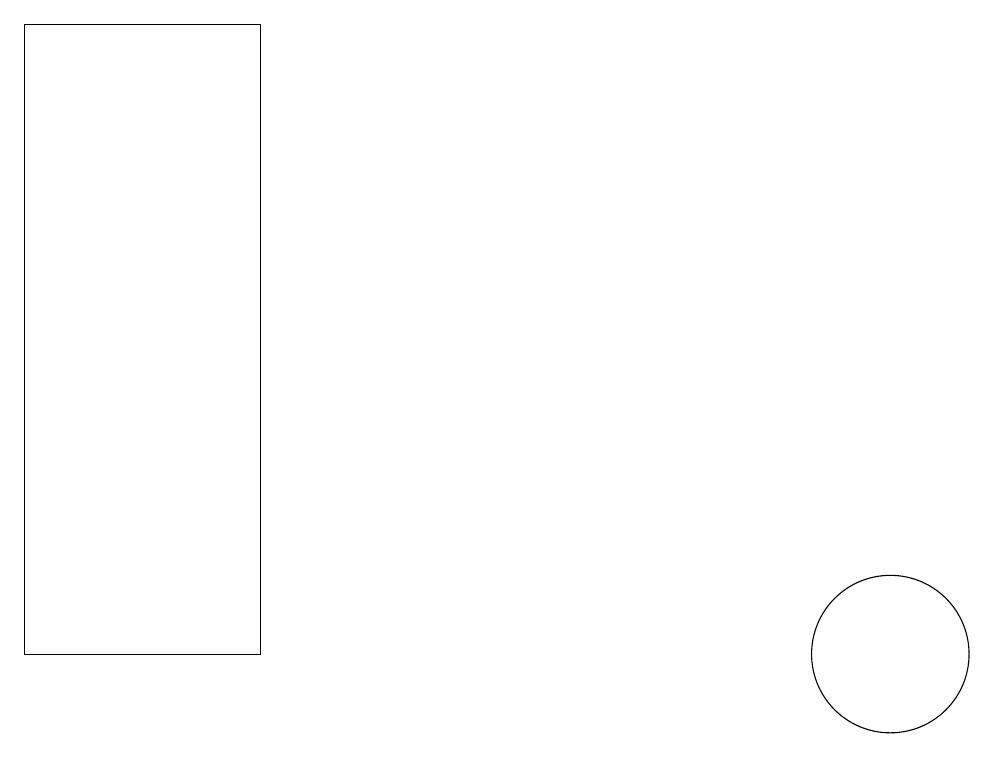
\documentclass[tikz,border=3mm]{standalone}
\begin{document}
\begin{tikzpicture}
\draw (12,10) circle (0);
\draw (0,18) rectangle (3,10);
\draw (11,10) circle (1);
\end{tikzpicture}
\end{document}